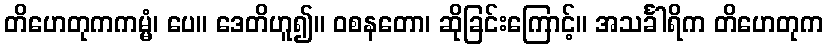
တိဟေတုကကမ္မံ၊ ပေ။ ဒေတိဟူ၍။ ဝစနတော၊ ဆိုခြင်းကြောင့်။ အသင်္ခါရိက တိဟေတုက